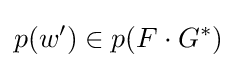
p(w')\in p(F\cdot G^{*})